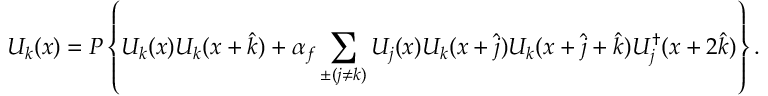
{ \cal U } _ { k } ( x ) = { \cal P } \left\{ U _ { k } ( x ) U _ { k } ( x + \hat { k } ) + \alpha _ { f } \sum _ { \pm ( j \neq k ) } U _ { j } ( x ) U _ { k } ( x + \hat { j } ) U _ { k } ( x + \hat { j } + \hat { k } ) U _ { j } ^ { \dagger } ( x + 2 \hat { k } ) \right\} .